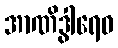
အာဏိဒွါရေဝ